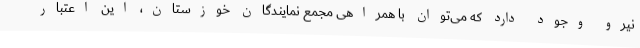
نیرو وجود دارد که می‌توان با همراهی مجمع نمایندگان خوزستان، این اعتبار